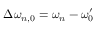
\Delta \omega _ { n , 0 } = \omega _ { n } - \omega _ { 0 } ^ { \prime }